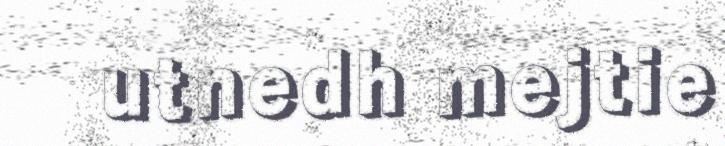
utnedh mejtie